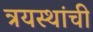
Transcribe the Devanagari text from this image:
त्रयस्थांची